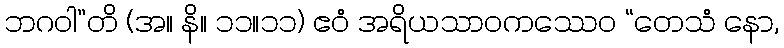
ဘဂဝါ”တိ (အ။ နိ။ ၁၁။၁၁) ဧဝံ အရိယသာဝကဿေဝ “တေသံ နော,